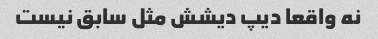
نه واقعا دیپ دیشش مثل سابق نیست